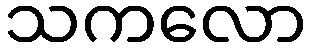
သကလော